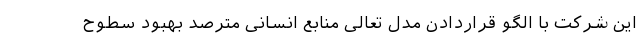
این شرکت با الگو قراردادن مدل تعالی منابع انسانی مترصد بهبود سطوح